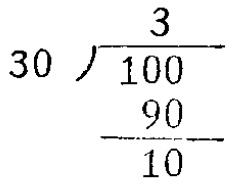
\[

\begin{array}{r}

3 \\

30\overline{)100} \\

\underline{90} \\

10

\end{array}

\]